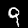
Label: 9